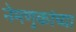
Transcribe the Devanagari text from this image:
नेमणुकांच्या